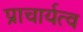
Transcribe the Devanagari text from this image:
प्राचार्यत्व